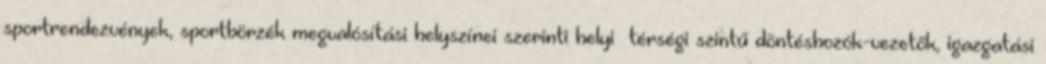
sportrendezvények, sportbörzék megvalósítási helyszínei szerinti helyi térségi szintű döntéshozók-vezetők, igazgatási